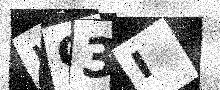
Text: UO3I